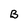
Character: B